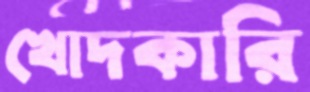
খোদকারি